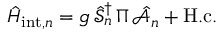
\hat { H } _ { \mathrm { i n t } , n } = g \, \hat { \mathcal { S } } _ { n } ^ { \dag } \, \Pi \, \hat { \mathcal { A } } _ { n } + \mathrm { H . c . }